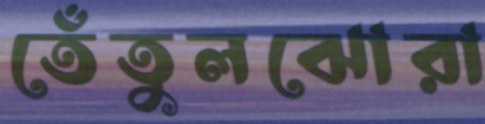
তেঁতুলঝোরা